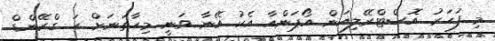
މި ފަހަރު އޮސްޓްރޭލިއަން އޯޕަންއާ އެކު އޭނާ ވަނީ މިހާތަނަށް ހަ ގްރޭންޑް